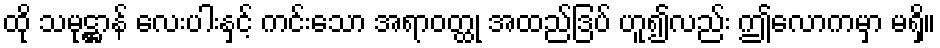
ထို သမုဋ္ဌာန် လေးပါးနှင့် ကင်းသော အရာဝတ္ထု အထည်ဒြပ် ဟူ၍လည်း ဤလောကမှာ မရှိ။